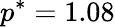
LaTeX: p^{*}=1.08